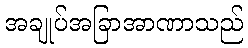
အချုပ်အခြာအာဏာသည်